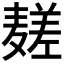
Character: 𱋧